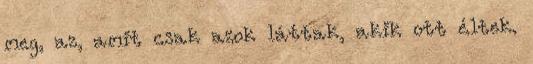
meg, az, amit csak azok láttak, akik ott éltek.